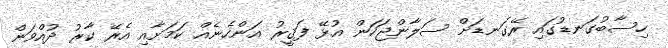
ހިސާބުގަނޑުގައި ރޭގަނޑަށް ސަލާންޖަހަން އުޅޭ ފަޤީރު އަންހެނެއް ކަމަށާއި އެރޭ ކާރު ދުއްވަން